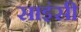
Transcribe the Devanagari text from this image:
साइंसी